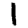
Digit: 1